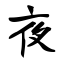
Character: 夜